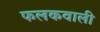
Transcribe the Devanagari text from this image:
फलकवाली